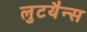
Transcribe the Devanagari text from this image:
लुटयैन्स